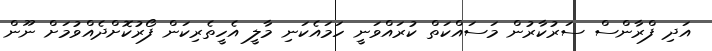
އަދި ފްރާންސް ސަރުކާރުން މަސައްކަތް ކުރައްވަނީ ހަމައެކަނި މާލީ އެހީތެރިކަން ފޯރުކޮށްދެއްވުމަށް ނޫން